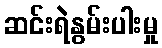
ဆင်းရဲနွမ်းပါးမှု